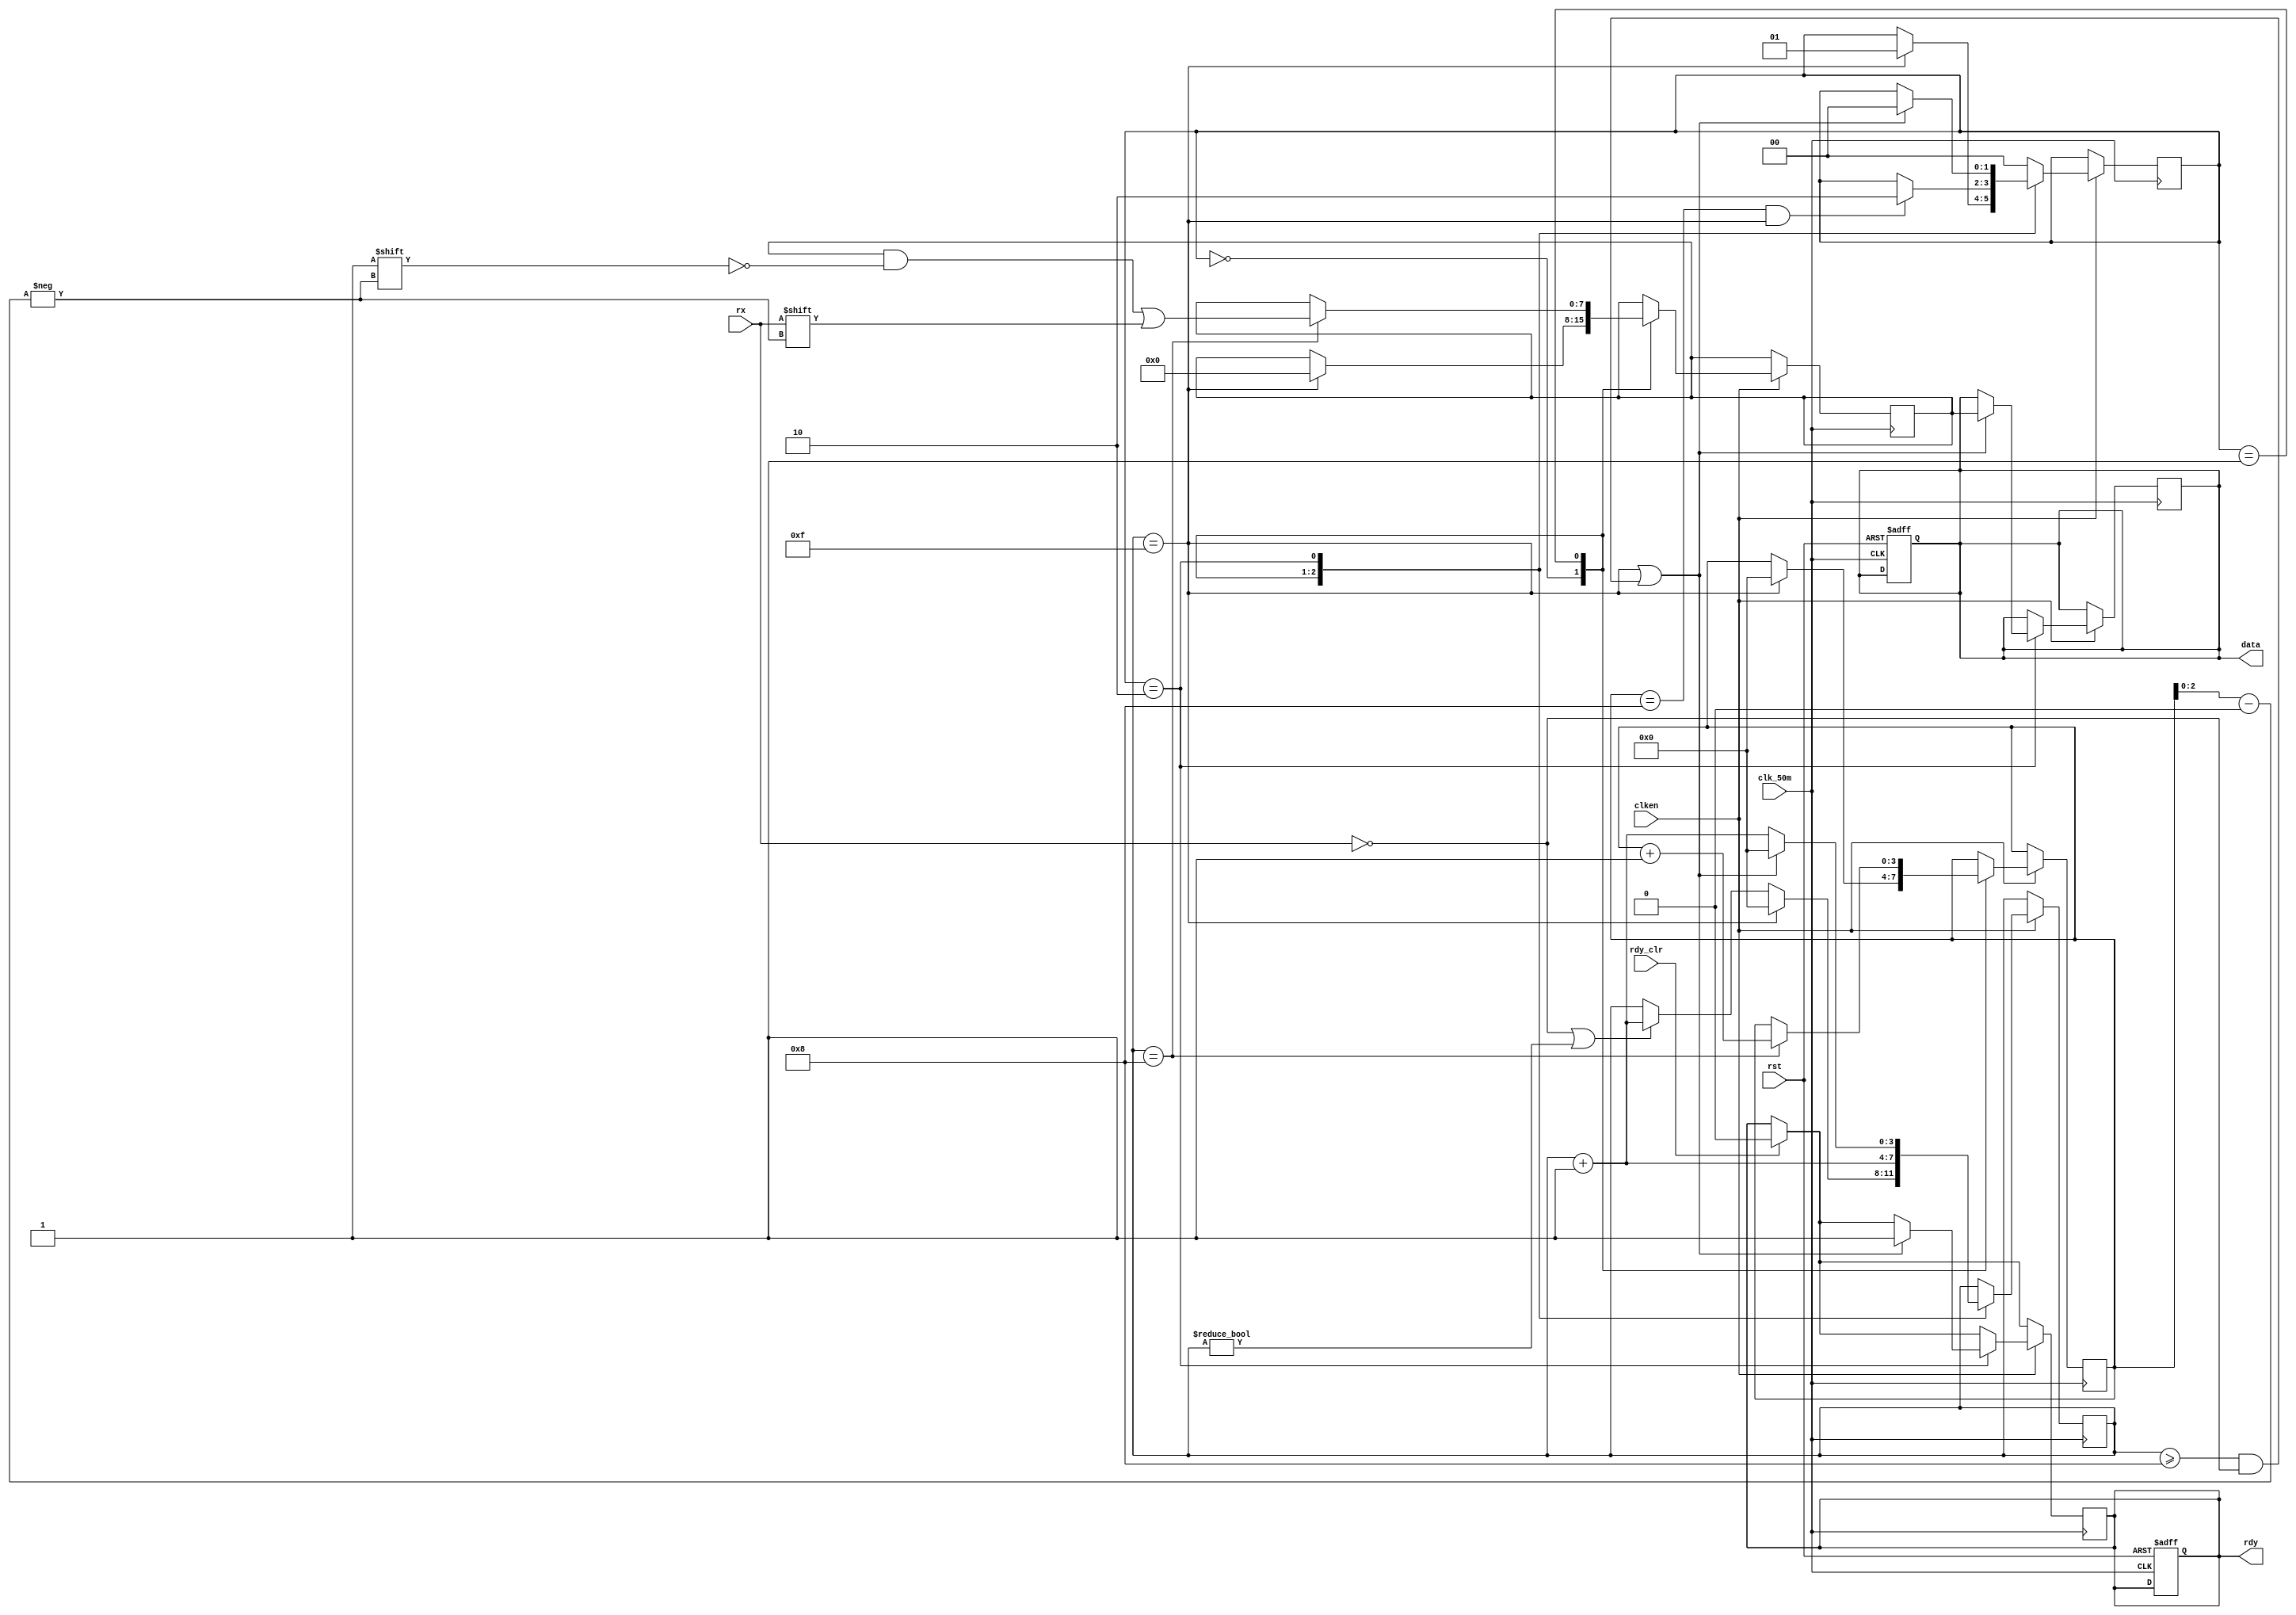

module receiver(input wire rx,
		output reg rdy,
		input wire rdy_clr,
		input wire clk_50m,rst,
		input wire clken,
		output reg [7:0] data);


parameter RX_STATE_START	= 2'b00;
parameter RX_STATE_DATA		= 2'b01;
parameter RX_STATE_STOP		= 2'b10;

reg [1:0] state = RX_STATE_START;
reg [3:0] sample = 0;
reg [3:0] bitpos = 0;
reg [7:0] scratch = 8'b0;

always @(posedge clk_50m or negedge rst) begin
  if(rst == 1'b0) begin
	rdy = 0;
	data = 8'b0;
end
end

always @(posedge clk_50m) begin
	if (rdy_clr)
		rdy <= 0;

	if (clken) begin
		case (state)
		RX_STATE_START: begin
			
			if (!rx || sample != 0)
				sample <= sample + 4'b1;

			if (sample == 15) begin
				state <= RX_STATE_DATA;
				bitpos <= 0;
				sample <= 0;
				scratch <= 0;
			end
		end
		RX_STATE_DATA: begin
			sample <= sample + 4'b1;
			if (sample == 4'h8) begin
				scratch[bitpos[2:0]] <= rx;
				bitpos <= bitpos + 4'b1;
			end
			if (bitpos == 8 && sample == 15)
				state <= RX_STATE_STOP;
		end
		RX_STATE_STOP: begin
			
			if (sample == 15 || (sample >= 8 && !rx)) begin
				state <= RX_STATE_START;
				data <= scratch;
				rdy <= 1'b1;
				sample <= 0;
			end else begin
				sample <= sample + 4'b1;
			end
		end
		default: begin
			state <= RX_STATE_START;
		end
		endcase
	end
end

endmodule